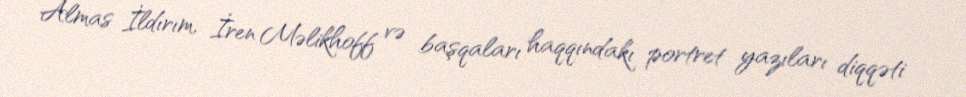
Almas İldırım, İren Məlikhoff və başqaları haqqındakı portret yazıları diqqəti